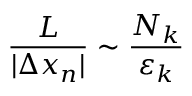
\frac { L } { | \Delta x _ { n } | } \sim \frac { N _ { k } } { \varepsilon _ { k } }